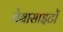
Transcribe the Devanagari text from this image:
वेबासाइटों